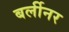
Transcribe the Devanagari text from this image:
बर्लीनर